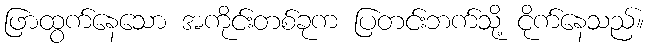
ဖြာထွက်နေသော အကိုင်းတစ်ခုက ပြတင်းဘက်သို့ ငိုက်နေသည်။